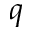
q